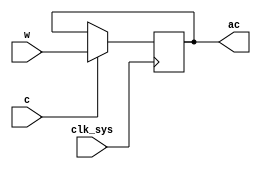
// This program was cloned from: https://github.com/jakubfi/mera400f
// License: GNU General Public License v2.0

// Accumulator (AC register)

module ac(
	input clk_sys,
	input c,
	input [0:15] w,
	output reg [0:15] ac
);

	always @ (posedge clk_sys) begin
		if (c) ac <= w;
	end

endmodule

// vim: tabstop=2 shiftwidth=2 autoindent noexpandtab